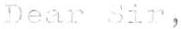
Dear Sir,